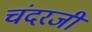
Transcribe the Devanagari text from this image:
चंदरजी